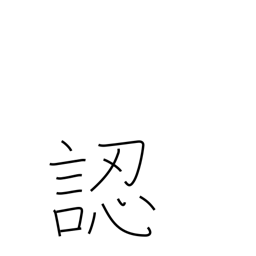
Meaning: discern